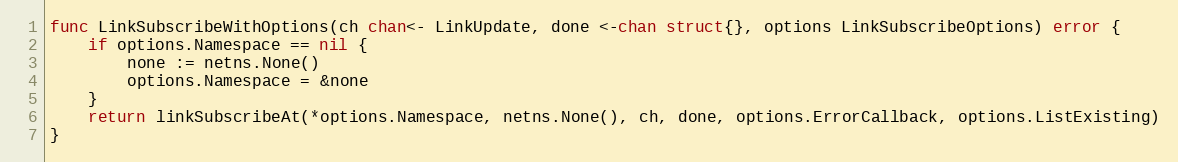
Language: Go
func LinkSubscribeWithOptions(ch chan<- LinkUpdate, done <-chan struct{}, options LinkSubscribeOptions) error {
	if options.Namespace == nil {
		none := netns.None()
		options.Namespace = &none
	}
	return linkSubscribeAt(*options.Namespace, netns.None(), ch, done, options.ErrorCallback, options.ListExisting)
}